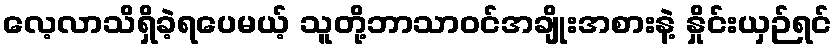
လေ့လာသိရှိခဲ့ရပေမယ့် သူတို့ဘာသာဝင်အချိုးအစားနဲ့ နှိုင်းယှဉ်ရင်